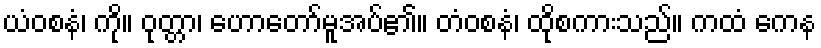
ယံဝစနံ၊ ကို။ ဝုတ္တာ၊ ဟောတော်မူအပ်၏။ တံဝစနံ၊ ထိုစကားသည်။ ကထံ ကေန